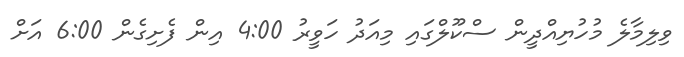
ވިލިމާލެ މުހުޔިއްދީން ސްކޫލްގައި މިއަދު ހަވީރު 4:00 އިން ފެށިގެން 6:00 އަށް